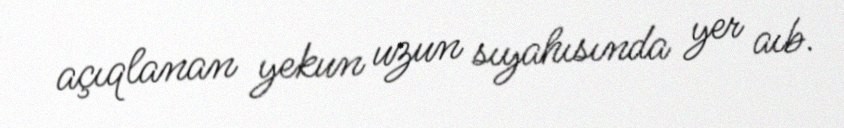
açıqlanan yekun uzun sıyahısında yer aıb.